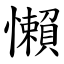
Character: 懶